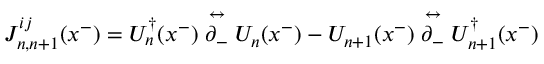
J _ { n , n + 1 } ^ { i j } ( x ^ { - } ) = U _ { n } ^ { \dagger } ( x ^ { - } ) \stackrel { \leftrightarrow } { \partial _ { - } } U _ { n } ( x ^ { - } ) - U _ { n + 1 } ( x ^ { - } ) \stackrel { \leftrightarrow } { \partial _ { - } } U _ { n + 1 } ^ { \dagger } ( x ^ { - } )